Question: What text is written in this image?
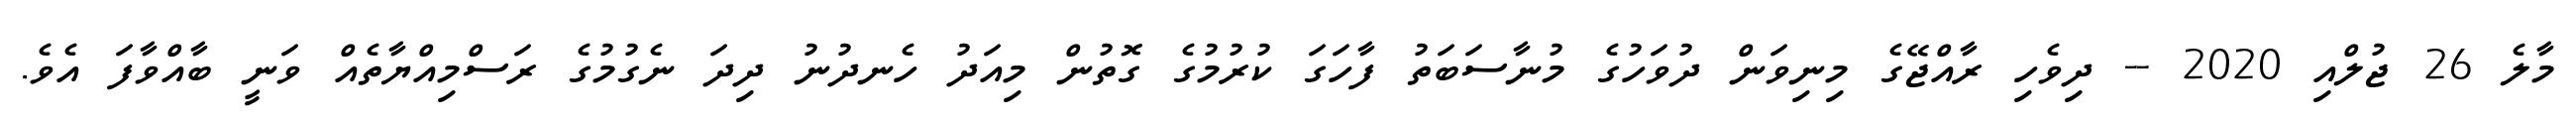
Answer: މާލެ 26 ޖުލްއި 2020 -- ދިވެހި ރާއްޖޭގެ މިނިވަން ދުވަހުގެ މުނާސަބަތު ފާހަގަ ކުރުމުގެ ގޮތުން މިއަދު ހެނދުނު ދިދަ ނެގުމުގެ ރަސްމިއްޔާތެއް ވަނީ ބާއްވާފަ އެވެ.